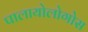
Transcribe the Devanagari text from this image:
पालायोलोगोस